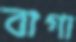
বাগা